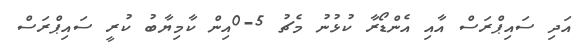
އަދި ސައިޕްރަސް އާއި އެންޑޯރާ ކުޅުނު މެޗު 5-0އިން ކާމިޔާބު ކުރީ ސައިޕްރަސް